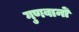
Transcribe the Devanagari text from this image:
गुणवानों